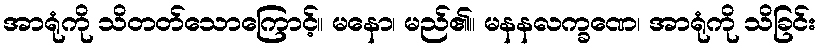
အာရုံကို သိတတ်သောကြောင့်။ မနော၊ မည်၏။ မနနလက္ခဏေ၊ အာရုံကို သိခြင်း